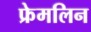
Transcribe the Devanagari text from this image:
फ्रेमलिन